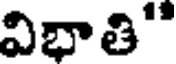
విభాతి"